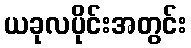
ယခုလပိုင်းအတွင်း